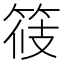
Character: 𥭸